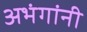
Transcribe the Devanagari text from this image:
अभंगांनी